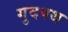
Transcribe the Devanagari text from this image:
गुदपथ